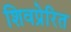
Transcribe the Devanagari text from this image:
शिवप्रेरित